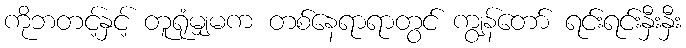
ကိုဘတင့်နှင့် တူရုံမျှမက တစ်နေရာရာတွင် ကျွန်တော် ရင်းရင်းနှီးနှီး